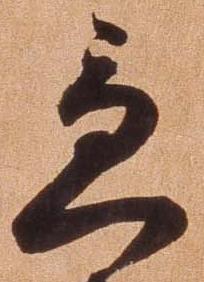
急